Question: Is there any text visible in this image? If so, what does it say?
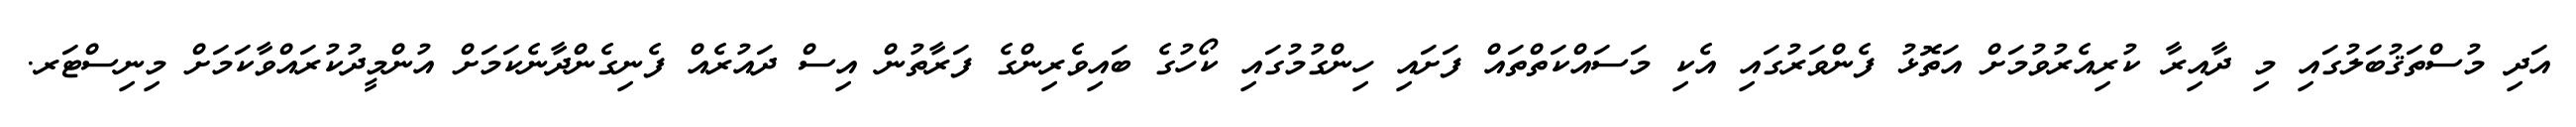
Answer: އަދި މުސްތަޤުބަލުގައި މި ދާއިރާ ކުރިއެރުވުމަށް އަތޮޅު ފެންވަރުގައި އެކި މަސައްކަތްތައް ފަށައި ހިންގުމުގައި ކޯހުގެ ބައިވެރިންގެ ފަރާތުން އިސް ދައުރެއް ފެނިގެންދާނެކަމަށް އުންމީދުކުރައްވާކަމަށް މިނިސްޓަރ.